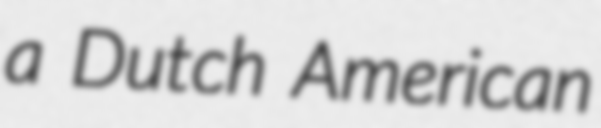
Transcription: a Dutch American